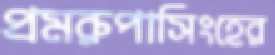
প্রমরুপাসিংহের